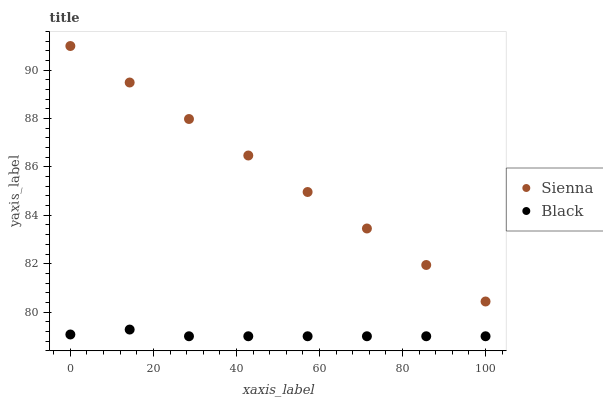
| xaxis_label | Sienna | Black |
 | --- | --- | --- |
 | 0 | 91 | 79.1 |
 | 14.3 | 89.5 | 79.3 |
 | 28.6 | 88 | 79 |
 | 42.9 | 86.5 | 79 |
 | 57.1 | 85 | 79 |
 | 71.4 | 83.5 | 79 |
 | 85.7 | 81.9 | 79 |
 | 100 | 80.4 | 79 |